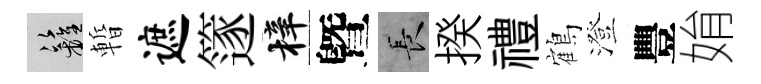
籬暫遮篴梓曁长揆禮鶴澄豐姢